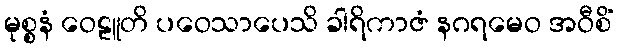
မုစ္စနံ ဝေဠူတိ ပဝေသာပေသိ ခါရိကာဇံ နဂရမေဝ အဝီစိံ